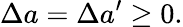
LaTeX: \Delta a=\Delta a^{\prime}\geq 0.